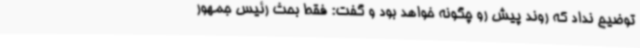
توضیح نداد که روند پیش رو چگونه خواهد بود و گفت: فقط بحث رئیس جمهور